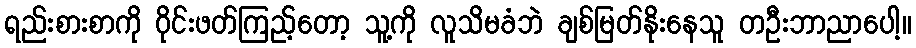
ရည်းစားစာကို ဝိုင်းဖတ်ကြည့်တော့ သူ့ကို လူသိမခံဘဲ ချစ်မြတ်နိုးနေသူ တဦးဘာညာပေါ့။